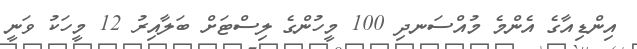
އިންޑިއާގެ އެންމެ މުއްސަނދި 100 މީހުންގެ ލިސްޓަށް ބަލާއިރު 12 މީހަކު ވަނީ